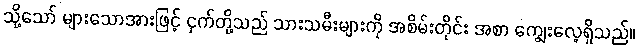
သို့သော် များသောအားဖြင့် ငှက်တို့သည် သားသမီးများကို အစိမ်းတိုင်း အစာ ကျွေးလေ့ရှိသည်။